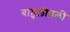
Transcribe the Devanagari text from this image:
बाहुलीतली